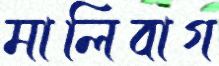
মালিবাগ